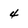
Character: 4